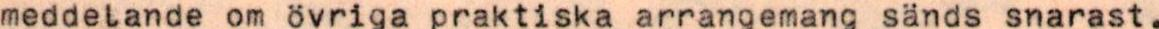
meddelande om övriga praktiska arrangemang sänds snarast.